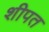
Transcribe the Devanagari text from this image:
शीपत